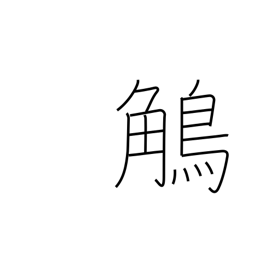
Meaning: grosbeak